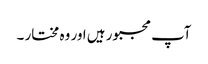
آپ مجبور ہیں اور وہ مختار ۔